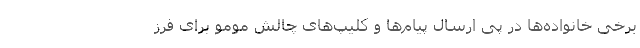
برخی خانواده‌ها در پی ارسال پیام‌ها و کلیپ‌های چالش مومو برای فرز